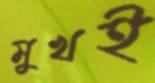
মুখই